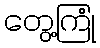
တွေ့ကြုံ